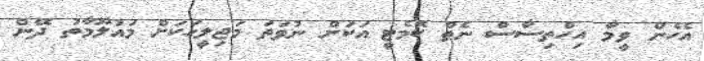
އެހެން ވީމާ އިހްތިސާސް ނެތް ކޮމެޓީ އަކަށް ނުވަތަ މަޖިލީހަކަށް މައުލޫމާތު ދޭން